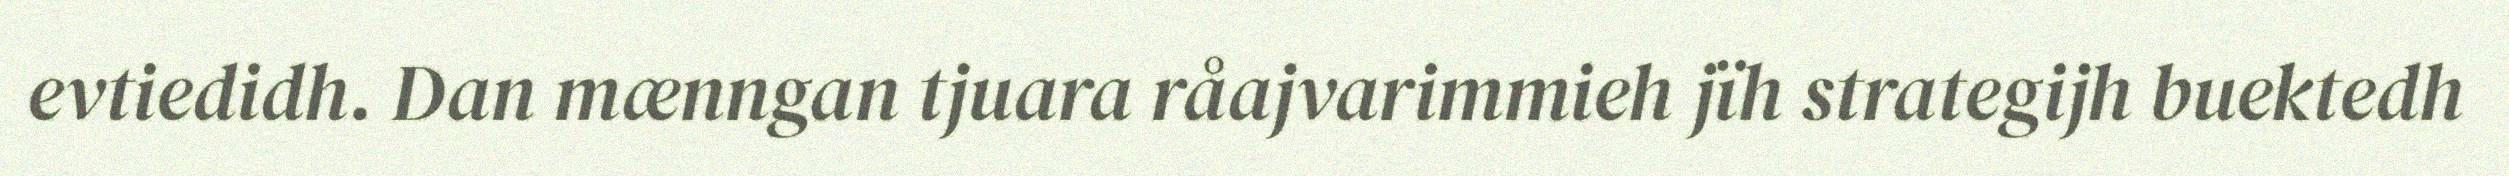
evtiedidh. Dan mænngan tjuara råajvarimmieh jïh strategijh buektedh